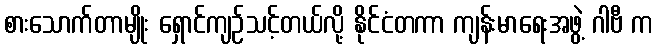
စားသောက်တာမျိုး ရှောင်ကျဉ်သင့်တယ်လို့ နိုင်ငံတကာ ကျန်းမာရေးအဖွဲ့ ဂါဗီ က